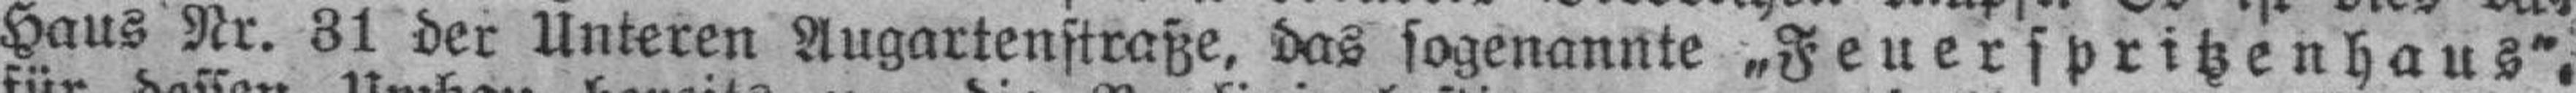
Haus Nr. 31 der Unteren Augartenstraße, das sogenannte „Feuerspritzenhaus“,